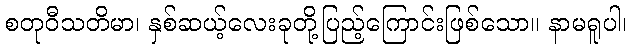
စတုဝီသတိမာ၊ နှစ်ဆယ့်လေးခုတို့ပြည့်ကြောင်းဖြစ်သော။ နာမရူပါ၊